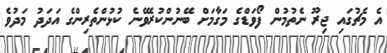
އެ މެޗުގައި ޖިރޫ ނެތުމުން ފޯވަޑްގެ މަގާމަށް ބޭނުންކުރެވޭނެ ކުޅުންތެރިންގެ އަދަދު މަދުވެ